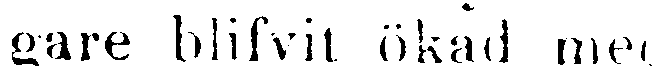
gare blifvit ökad med